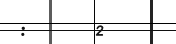
:     2